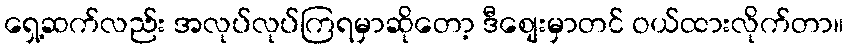
ရှေ့ဆက်လည်း အလုပ်လုပ်ကြရမှာဆိုတော့ ဒီစျေးမှာတင် ဝယ်ထားလိုက်တာ။